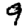
Digit: 9